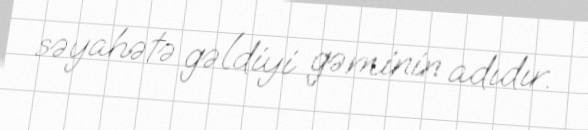
səyahətə gəldiyi gəminin adıdır.